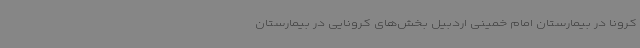
کرونا در بیمارستان امام خمینی اردبیل بخش‌های کرونایی در بیمارستان